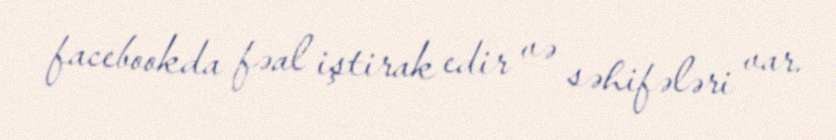
facebookda fəal iştirak edir və səhifələri var.